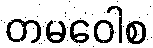
တမဝေါစ